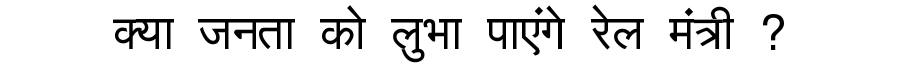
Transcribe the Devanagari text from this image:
क्या जनता को लुभा पाएंगे रेल मंत्री ?